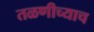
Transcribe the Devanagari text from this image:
तळणीच्याच